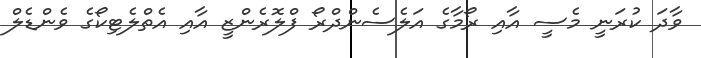
ވާދަ ކުރަނީ މެސީ އާއި ރޯމާގެ އަލެސެންދްރޯ ފްލޮރެންޒީ އާއި އެތްލެޓިކޯގެ ވެންޑެލް